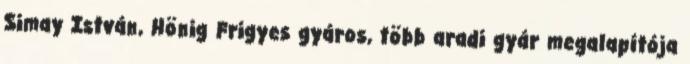
Simay István, Hönig Frigyes gyáros, több aradi gyár megalapítója